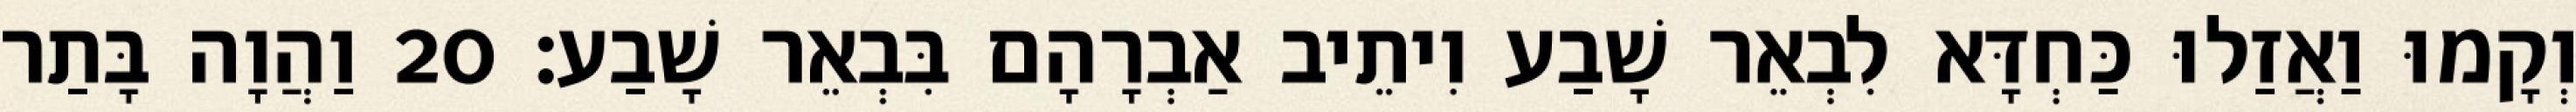
וְקָמוּ וַאֲזַלוּ כַּחְדָּא לִבְאֵר שָׁבַע וִיתֵיב אַבְרָהָם בִּבְאֵר שָׁבַע׃ 20 וַהֲוָה בָּתַר